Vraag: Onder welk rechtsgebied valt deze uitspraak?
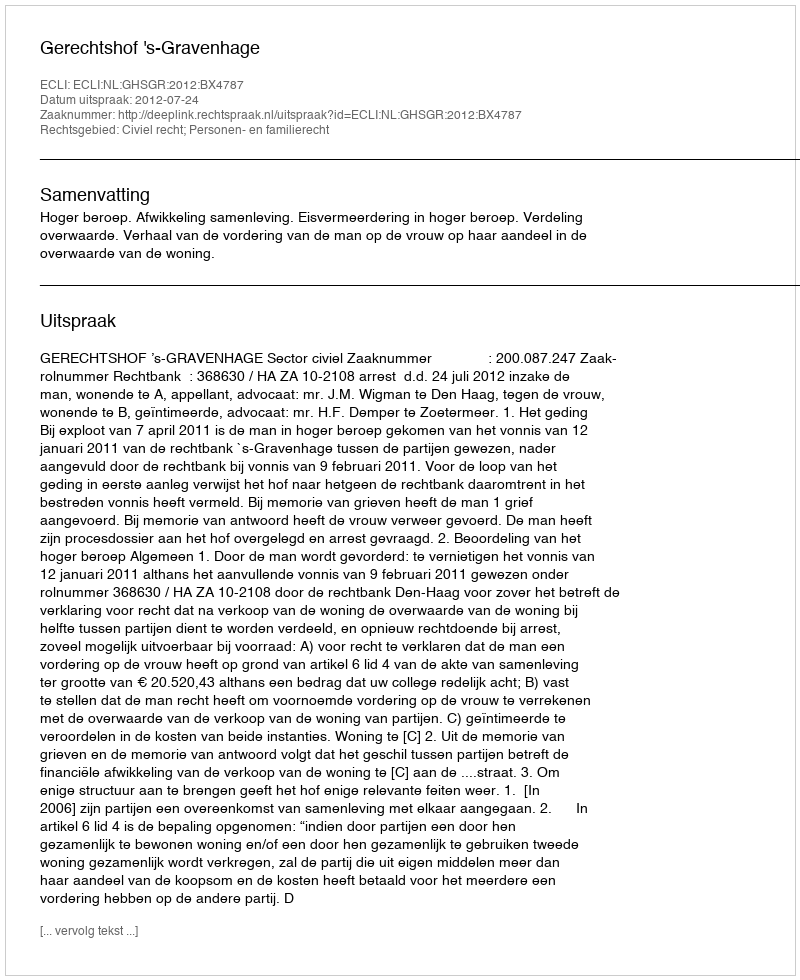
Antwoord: Civiel recht; Personen- en familierecht